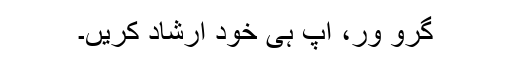
گرو ور، آپ ہی خود ارشاد کریں۔